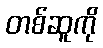
တစ်ဆူကို